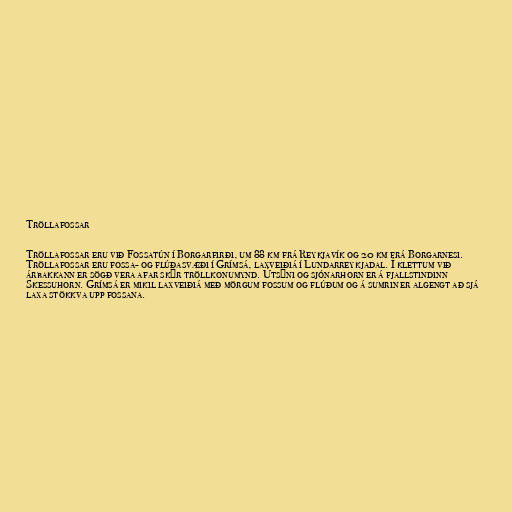
Tröllafossar

Tröllafossar eru við Fossatún í Borgarfirði, um 88 km frá Reykjavík og 20 km frá Borgarnesi.
Tröllafossar eru fossa- og flúðasvæði í Grímsá, laxveiðiá í Lundarreykjadal. Í klettum við
árbakkann er sögð vera afar skýr tröllkonumynd. Útsýni og sjónarhorn er á fjallstindinn
Skessuhorn. Grímsá er mikil laxveiðiá með mörgum fossum og flúðum og á sumrin er algengt að sjá
laxa stökkva upp fossana.